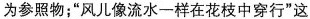
为参照物；”风儿像流水一样在花枝中穿行”这